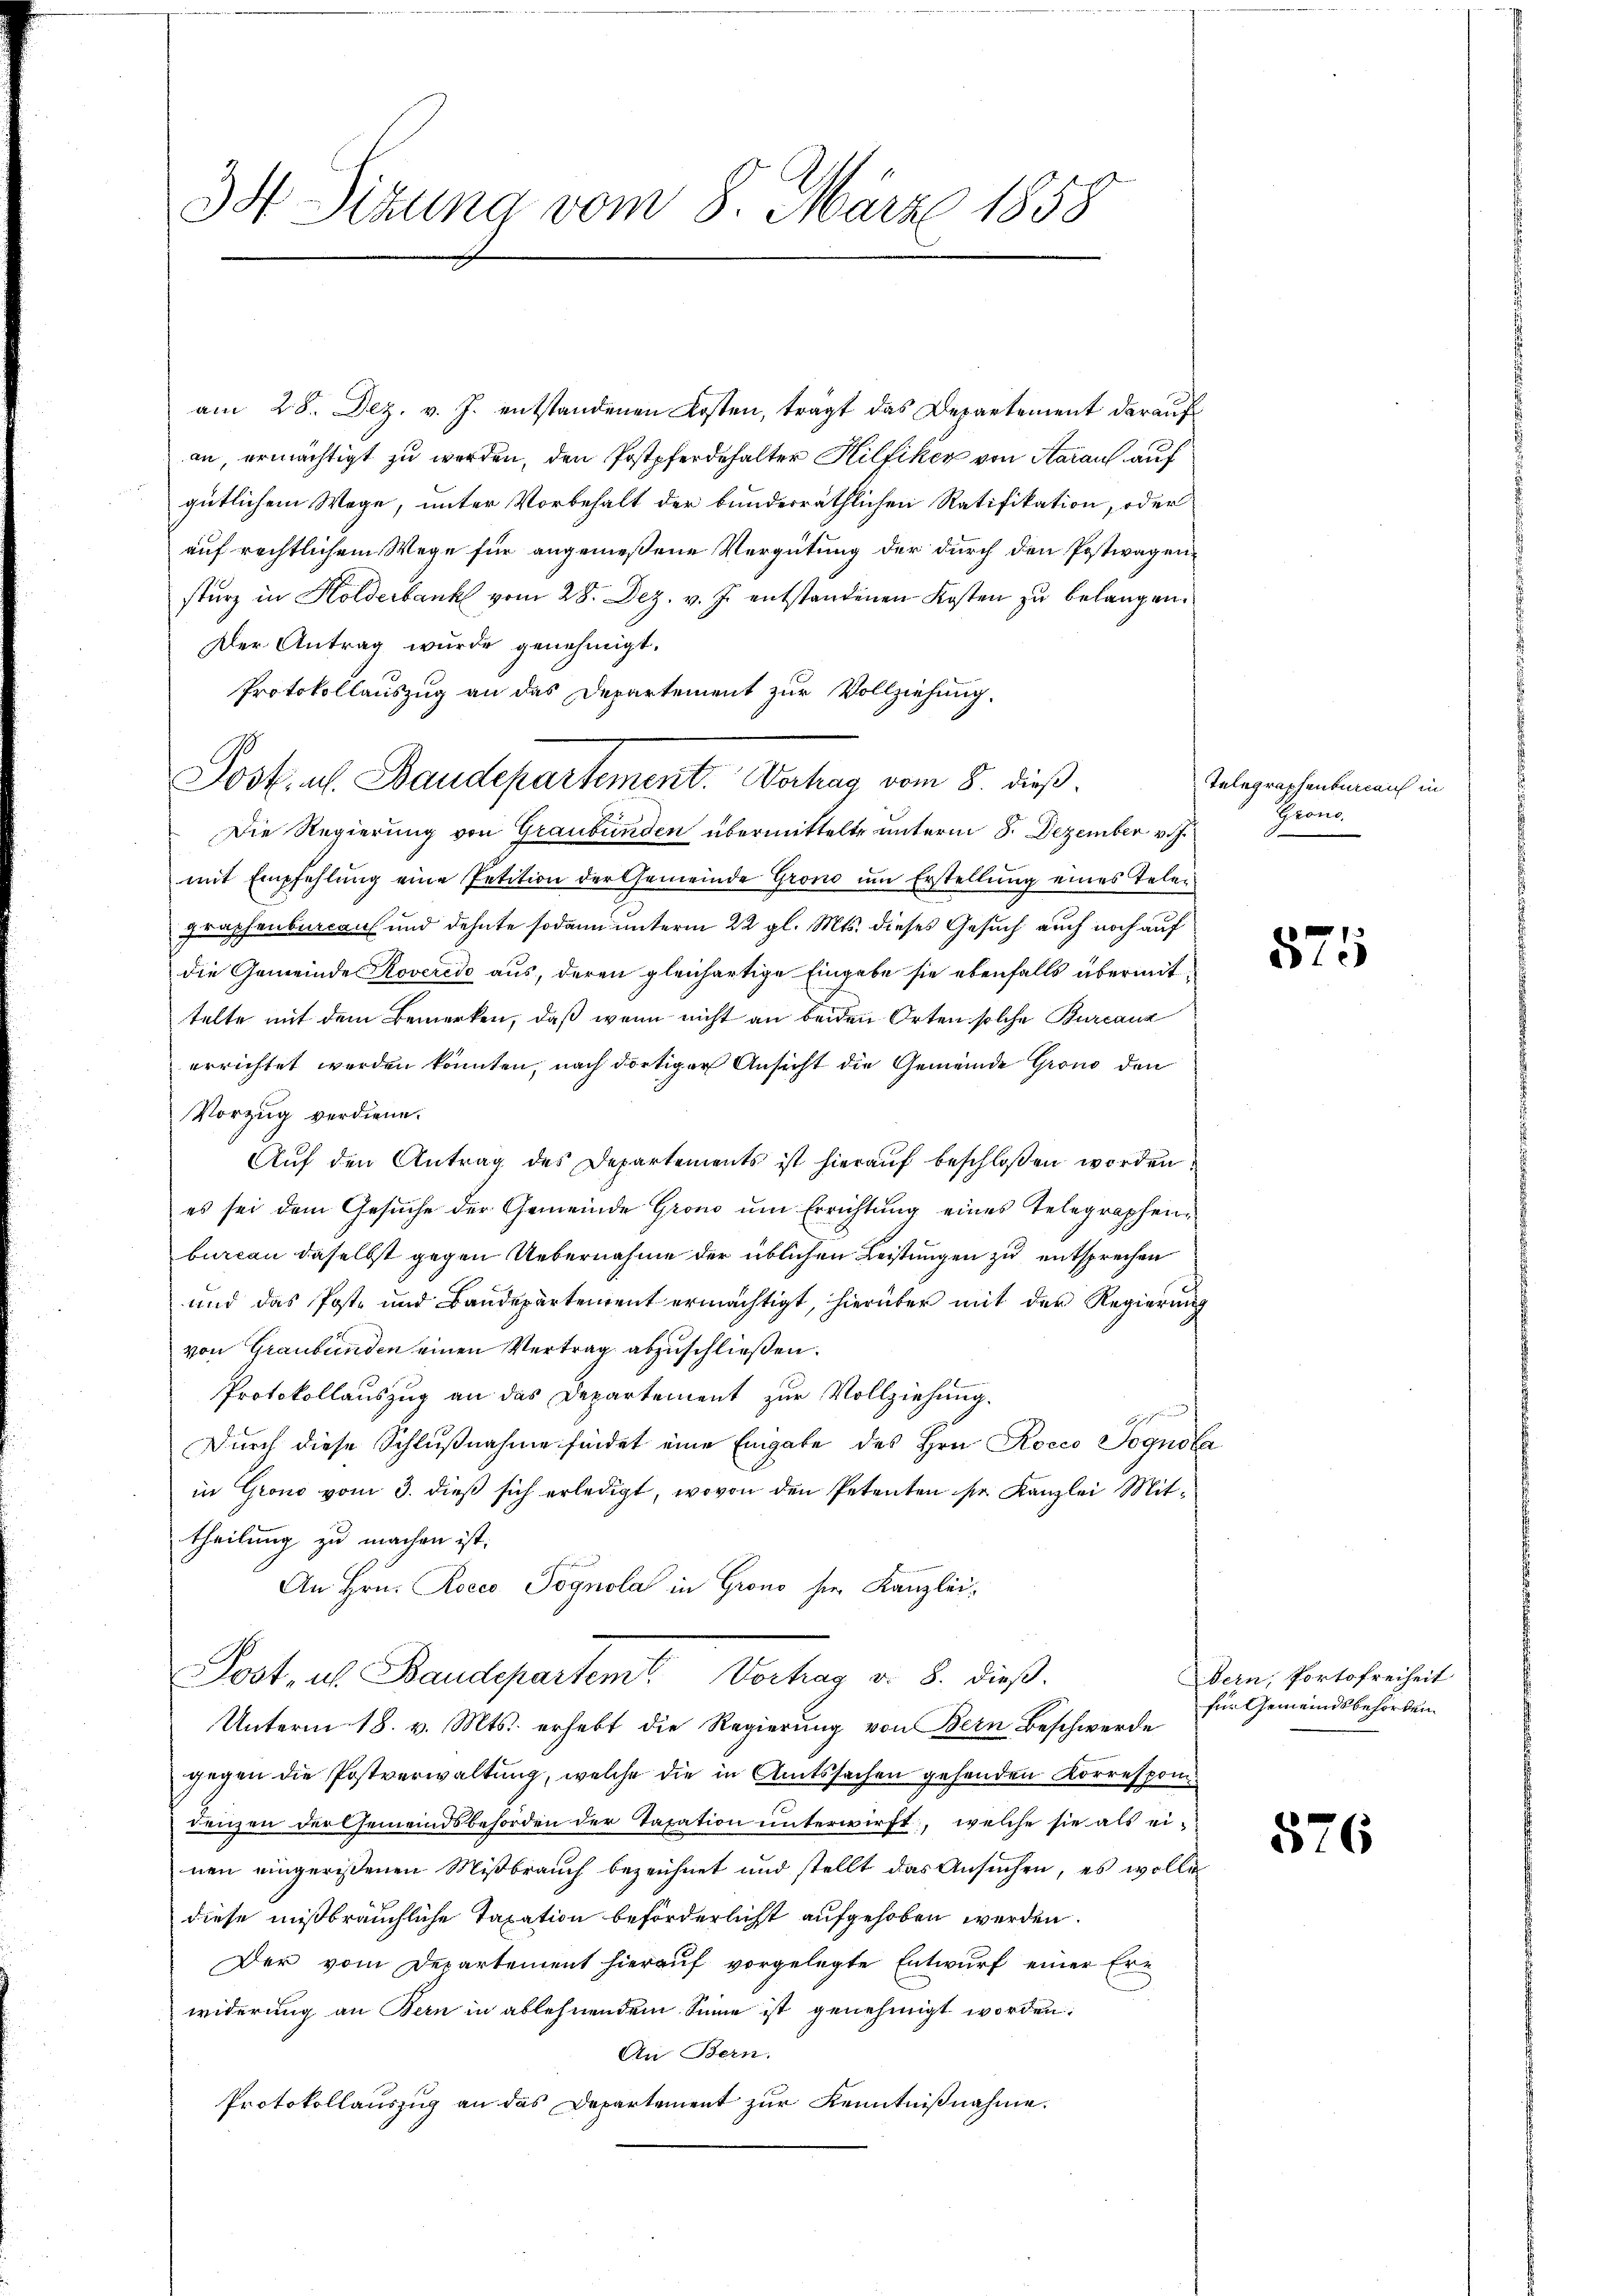
34 Sizung vom 8. März 1858

am 28. Dez. v. J. entstandenen Kosten, trägt das Departement darauf
an, ermächtigt zu werden, den Postpferdehalter Hilfiker von Aarauf auf
gütlichem Wege, unter Vorbehalt der bunderräthlichen Ratifikation, oder
auf rechtlichem Wege für angemeßene Vergütung der durch den Postwagensturz in Holderbank vom 28. Dez. v. J. entstandenen Kosten zu belangen.
Der Antrag wurde genehmigt.
Protokollauszug an das Departement zur Vollziehung.
Die Regierung von Graubünden übermittelte unterm 8. Dezember v. J.
mit Empfehlung eine Petition der Gemeinde Gron um Erstellung eines Telegraphenburcans und dehnte sodann unterm 22 gl. Mts. dieses Gesuch auch noch auf
die Gemeinde Roverede aus, deren gleichartige Eingabe sie ebenfalls übermittelte mit dem Bemerken, daß wenn nicht an beiden Orten solche Burcauz
errichtet werden könnten, nach dortiger Ansicht die Gemeinde Grono den
Vorzug verdiene.
Auf den Antrag des Departements ist hierauf beschlossen worden.
es sei dem Gesuche der Gemeinde Grono um Errichtung eines Telegraphenburcan daselbst gegen Uebernahme der üblichen Leistungen zu entsprechen
und das Poste und Baudepartement ermächtigt, hierüber mit der Regierung
von Graubünden einen Vertrag abzuschließen.
Protokollauszug an das Departement zur Vollziehung.
Durch diese Schlußnahme findet eine Eingabe des Hrn. Rocco Pognola
in Grono vom 3. dieß sich erledigt, wovon den Petenten sr. Kanzlei Mittheilung zu machen ist.
An Hrn. Rocco Pognola in Grono sie Kanzlei¬
Post, u. Baudepartem Vorhag v. 8. dieß.
Unterm 18. v. Mts. erhebt die Regierung von Bern Beschwerde
gegen die Postverwaltung, welche die in Amtssachen gehenden Korrespondenzen der Gemeindsbehörden der Taxation unterwirft, welche sie als ei-
nen eingerißenen Mißbrauch bezeichnet und stellt das Ansuchen, es wolleg
diese mißbräuchliche Taxation beförderlicht aufgehoben werden.
Der vom Departement hierauf vorgelegte Entwurf einer Erwiderung an Bern in ablehnendem Sinne ist genehmigt worden:
An Bern.
Protokollauszug an das Departement zur Kenntnißnahme.

Josk. ab. Baudepartement. Verhag vom 8. dieß.

Telegraphenbureau in
Bronc

875

Bern, Portofreiheit
für Gemeindsbehörden.

876